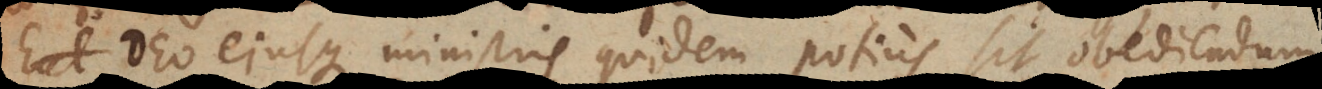
o ejusque ministris quidem potius sit obediendum,